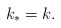
\begin{align*} k_\ast = k. \end{align*}